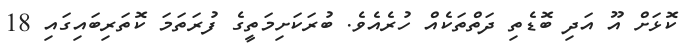
ކޮޅަށް އޫ އަދި ބޮޑެތި ދަތްތަކެއް ހުރެއެވެ. ބުރަކަށިމަތީގެ ފުރަތަމަ ކޮތަރިބައިގައި 18